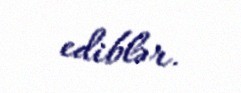
ediblər.